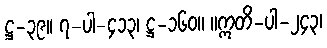
ဋ္ဌ-၃၉။ ၇-ပါ-၄၁၃၊ ဋ္ဌ-၁၆၀။ ။ဣတိ-ပါ-၂၄၃၊